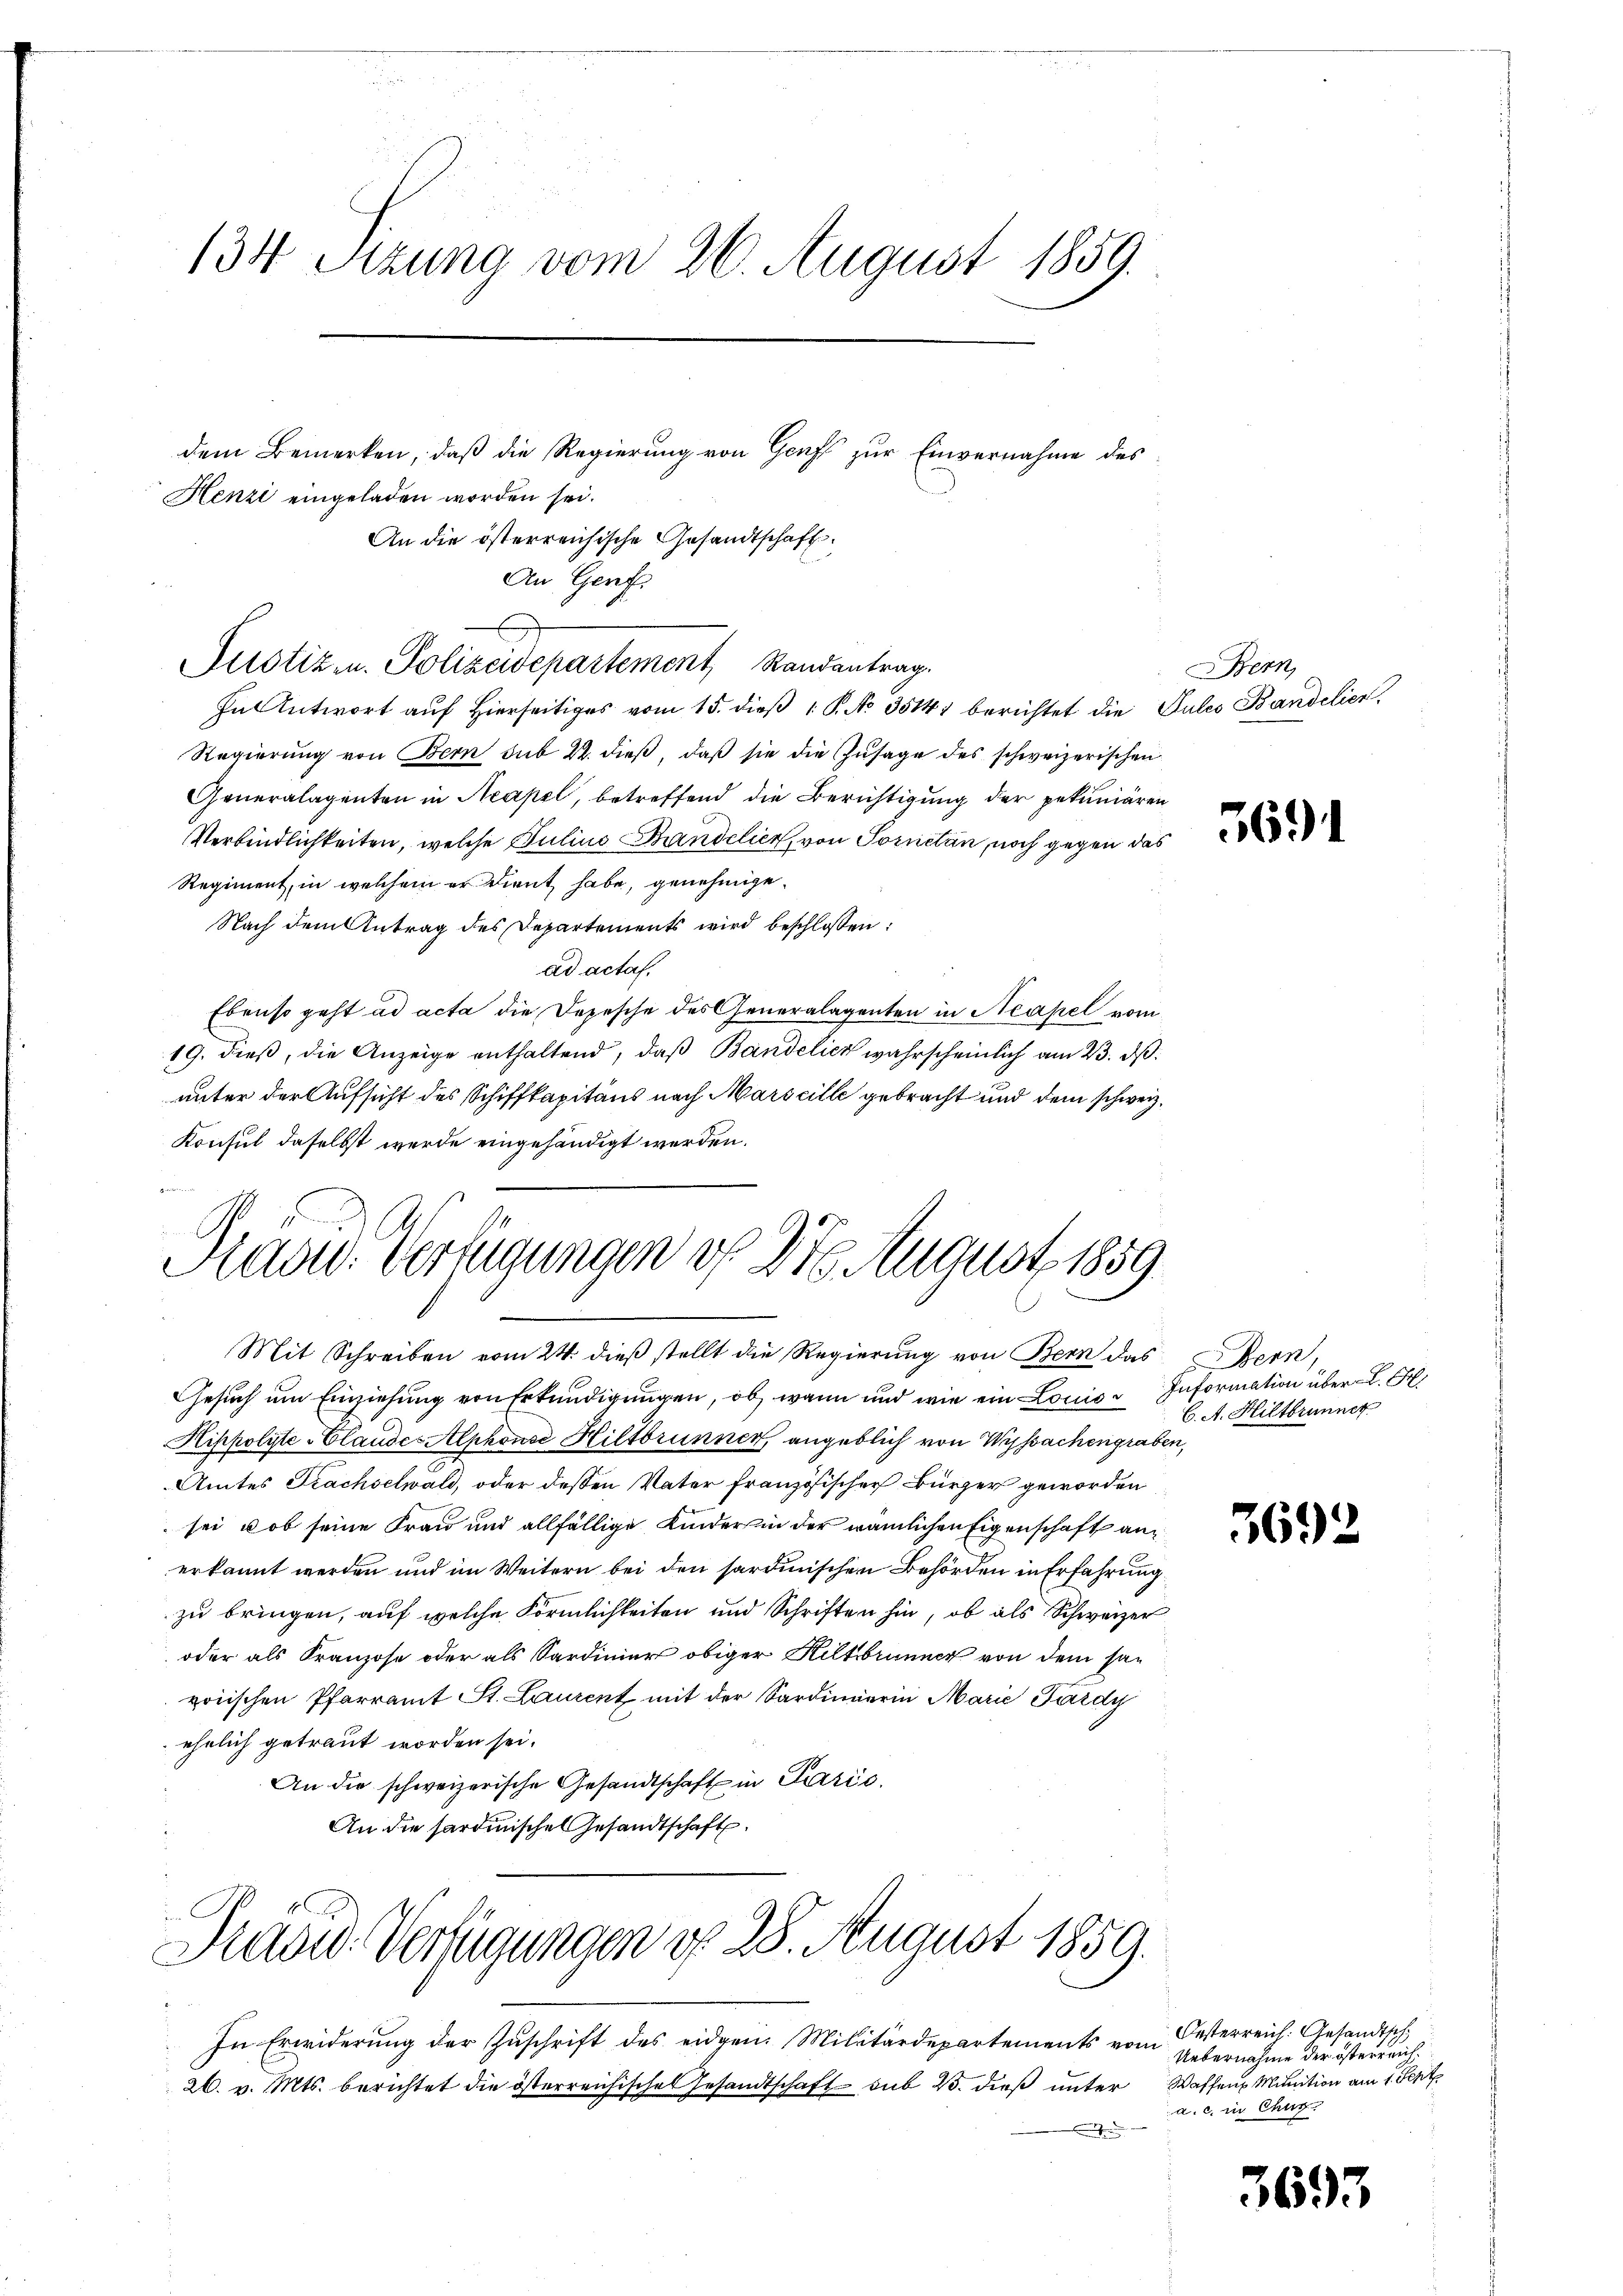
134 Sitzung vom 26. August 1859.

Henzi eingeladen worden sei.
An die österreichische Gesandtschaft.
An Genf.
Justiz u. Polizeidepartement, Randantrag.
In Antwort auf Hierseitiges vom 15. dieß 1 P. No 35141 berichtet die Pules Bandelier
Regierŭng von Bern sub 22. dieβ, daβ sie die Zusage des schweizerischen
Generalagenten in Neapel, betreffend die Berichtigung der pekuniären
Verbindlichkeiten, welche Julius Mandelier, von Tornetan, noch gegen das
Regiment, in welchem er dient habe, genehmige.
Nach dem Antrag des Departements wird beschlossen:
ad acta.
Ebenso geht ad acta die Depesche des Generalagenten in Neapel vom
19. dieß, die Anzeige enthaltend, daß Bandelich wahrscheinlich am 23. ds.
unter der Aufsicht des Schiffkapitans nach Marseille gebracht und dem schweiz.
Konsul daselbst werde eingehändigt werden.
A

dem Bemerken, daß die Regierung von Genf zur Einvernahme des

Gesuch um Einziehung von Erkundigungen, ob wenn und wie ein Louise Information über L. S
Nippolyte-Claude-Alphonse Hiltbrunnen, angeblich von Wyssachengraben,
Amtes Frachselwald, oder dessen Vater französischer Bürger geworden
sei, ob seine Frau und allfällige Kinder in der nämlichen Eigenschaft anerkannt werden und im Weitern bei den sardinischen Behörden in Erfahrung
zu bringen, auf welche Förmlichkeiten und Schriften hin, ob als Schweizer
oder als Franzose oder als Sardinier obiger Kiltbrunner von dem san
voiischen Pfarramt St. Laurent mit der Sardinierin Marie Gardy
ehelich getraut worden sei.
An die schweizerische Gesandtschaft in Paris.
An die sardinischen Gesandtschaft.

Prad: Verfügungen vf 27 August 1859
Mit Schreiben vom 24. dieß stellt die Regierung von Bern das

In Erwiderung der Zuschrift des eidgen. Militärdepartements von Oesterreich: Gesandtsch
26. v. Mts. berichtet die österreichisches Gesandtschaft sub 23. dieß unter
.

Präsid. Verfügungen d. 28. August 1859.

Bern,

5691

Bern,
C. A. Hiltbrunner

3692

Uebernahme der österreich¬
Waffens Munition am 1. Sept.
a. c. in Chur

3693